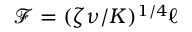
\mathcal { F } = ( \zeta \nu / K ) ^ { 1 / 4 } \ell